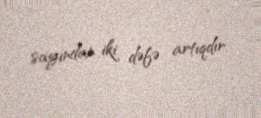
sayından iki dəfə artıqdır.